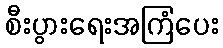
စီးပွားရေးအကြံပေး